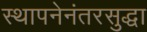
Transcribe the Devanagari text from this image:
स्थापनेनंतरसुद्धा